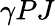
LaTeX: \gamma PJ